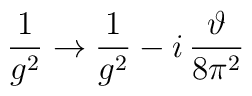
\frac{1}{g^2}\to \frac{1}{g^2}- i\,\frac{\vartheta}{8\pi^2}